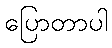
ပြောတာပါ